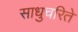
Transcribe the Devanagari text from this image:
साधुचरिते